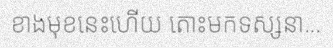
ខាងមុខនេះហើយ តោះមកទស្សនា...